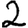
Digit: 2